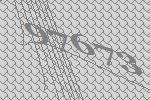
97673